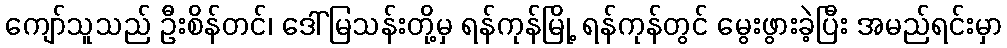
ကျော်သူသည် ဦးစိန်တင်၊ ဒေါ်မြသန်းတို့မှ ရန်ကုန်မြို့ ရန်ကုန်တွင် မွေးဖွားခဲ့ပြီး အမည်ရင်းမှာ